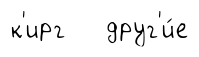
к'ирг друг'и́е